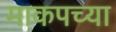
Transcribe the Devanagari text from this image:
माकपच्या